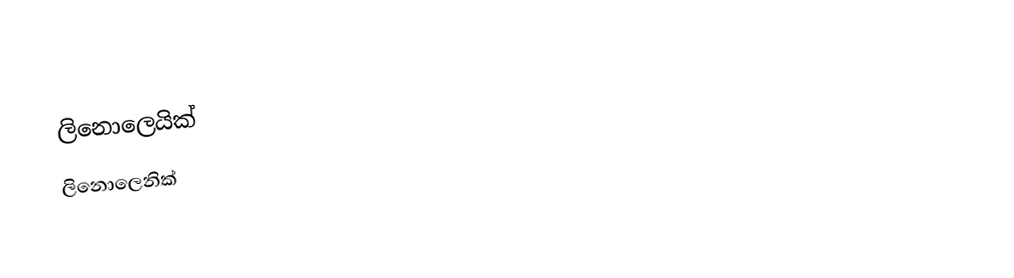
ලිනොලෙයික්
ලිනොලෙනික්